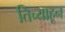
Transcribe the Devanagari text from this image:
तिच्याहून